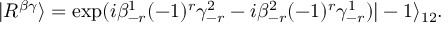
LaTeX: | R ^ { \beta \gamma } \rangle = \exp ( i \beta _ { - r } ^ { 1 } ( - 1 ) ^ { r } \gamma _ { - r } ^ { 2 } - i \beta _ { - r } ^ { 2 } ( - 1 ) ^ { r } \gamma _ { - r } ^ { 1 } ) | - 1 \rangle _ { 1 2 } .